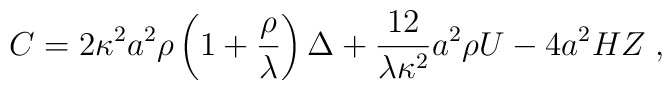
C=2\kappa^{2}a^{2}\rho\left(1 + {\rho \over\lambda}\right)\Delta+{12\over \lambda\kappa^{2}} a^{2}\rho U -4a^{2} H Z\;,